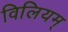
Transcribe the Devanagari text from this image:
विलियम्